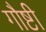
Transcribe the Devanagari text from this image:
गौष्टी